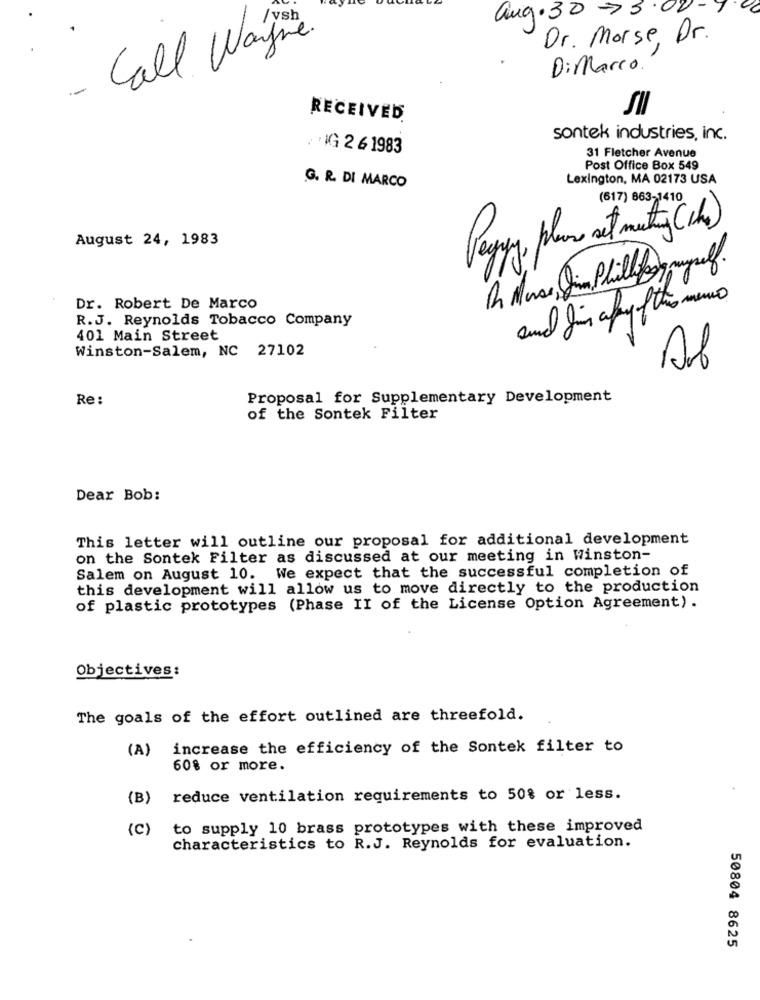
aug.30 73.02
/vsh
Call Wayne.
Dr. Morse, Dr.
DiMarco.
-
RECEIVED
sontek industries, inc.
:IG 261983
31 Fletcher Avenue
Post Office Box 549
Lexington, MA 02173 USA
G. R. DI MARCO
(617) 863-1410
Peggy, plans set met ( h )
August 24, 1983
R Mes Sim Philfor myself.
and fin apry ofthis memo
Dr. Robert De Marco
R.J. Reynolds Tobacco Company
401 Main Street
Winston-Salem, NC 27102
Re:
Proposal for Supplementary Development
of the Sontek Filter
Dear Bob:
This letter will outline our proposal for additional development
on the Sontek Filter as discussed at our meeting in Winston-
Salem on August 10. We expect that the successful completion of
this development will allow us to move directly to the production
of plastic prototypes (Phase II of the License Option Agreement).
Objectives:
The goals of the effort outlined are threefold.
(A) increase the efficiency of the Sontek filter to
60% or more.
(B)
reduce ventilation requirements to 50% or less.
(C)
to supply 10 brass prototypes with these improved
characteristics to R.J. Reynolds for evaluation.
50804 8625